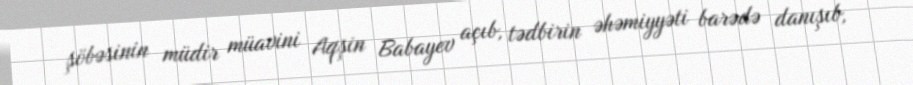
şöbəsinin müdir müavini Aqşin Babayev açıb, tədbirin əhəmiyyəti barədə danışıb,